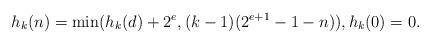
LaTeX: \begin{align*}h_k(n)=\min(h_k(d)+2^e,(k-1)(2^{e+1}-1-n)), h_k(0)=0.\end{align*}